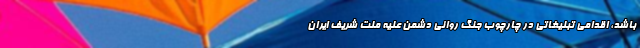
باشد، اقدامی تبلیغاتی در چارچوب جنگ روانی دشمن علیه ملت شریف ایران